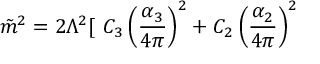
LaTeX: \tilde { m } ^ { 2 } = { 2 \Lambda ^ { 2 } } [ ~ C _ { 3 } \left( { \frac { \alpha _ { 3 } } { 4 \pi } } \right) ^ { 2 } + C _ { 2 } \left( { \frac { \alpha _ { 2 } } { 4 \pi } } \right) ^ { 2 }